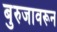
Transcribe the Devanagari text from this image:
बुरुजावरून